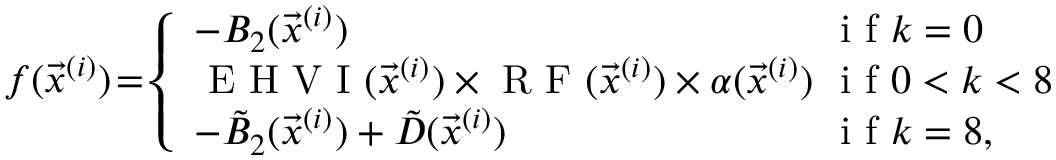
f ( \vec { x } ^ { ( i ) } ) \! = \! \left\{ \begin{array} { l l } { - B _ { 2 } ( \vec { x } ^ { ( i ) } ) } & { \mathrm { ~ i ~ f ~ } k = 0 } \\ { \mathrm { ~ E ~ H ~ V ~ I ~ } ( \vec { x } ^ { ( i ) } ) \times \mathrm { ~ R ~ F ~ } ( \vec { x } ^ { ( i ) } ) \times \alpha ( \vec { x } ^ { ( i ) } ) \! \! \! \! } & { \mathrm { ~ i ~ f ~ } 0 < k < 8 } \\ { - \tilde { B } _ { 2 } ( \vec { x } ^ { ( i ) } ) + \tilde { D } ( \vec { x } ^ { ( i ) } ) } & { \mathrm { ~ i ~ f ~ } k = 8 , } \end{array} \right.